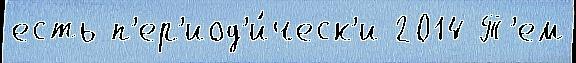
есть п'ер'иод'и́ческ'и 2014 Т'ем